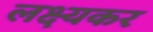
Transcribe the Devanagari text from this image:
लक्ष्यकर